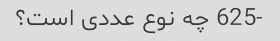
-625 چه نوع عددی است؟